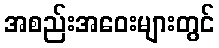
အစည်းအဝေးများတွင်